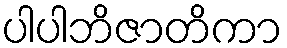
ပါပါဘိဇာတိကာ